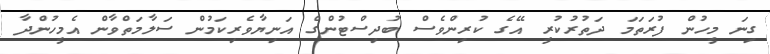
ގިނަ މީހުން ފުރަތަމަ ދަތުރުކުރީ އޭގެ ކުރިންވެސް ބުދިސްޓުންގެ އަނިޔާވެރިކަމުން ސަލާމަތްވާން އެމީހުންދާ